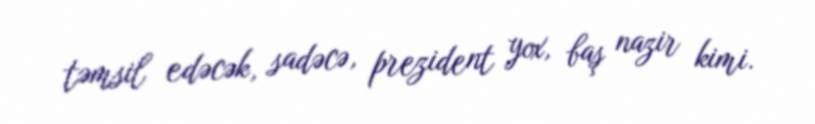
təmsil edəcək, sadəcə, prezident yox, baş nazir kimi.